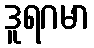
ဒူရဂမာ